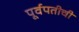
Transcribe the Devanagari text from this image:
पूर्वपतीची